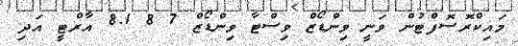
މައިކްރޮސޮފްޓުން ވަނީ ވިންޑޯޒް ވިސްޓާ ވިންޑޯޒް 7 8 8.1 އާރްޓީ އަދި